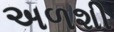
અળશી